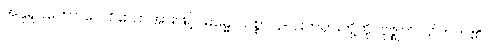
အနုရူပတော၊ လျော်သောအားဖြင့်။ ဓမ္မေ၊ သစ္စာ ၄-ပါးတရားတို့ကို။ ဗုဇ္ဈတိ၊ သိတတ်၏။